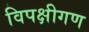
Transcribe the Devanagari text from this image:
विपक्षीगण